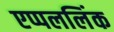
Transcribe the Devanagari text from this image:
एप्पललिंक